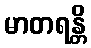
မာတရန္တိ